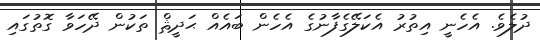
ދުލެވެ. އެހެނީ އިތުރު އެކަލޭގެފާނުގެ އެހެން ބައެއް ޙަދީޘް ތަކުން ދޭހަވާ ގޮތުގައި